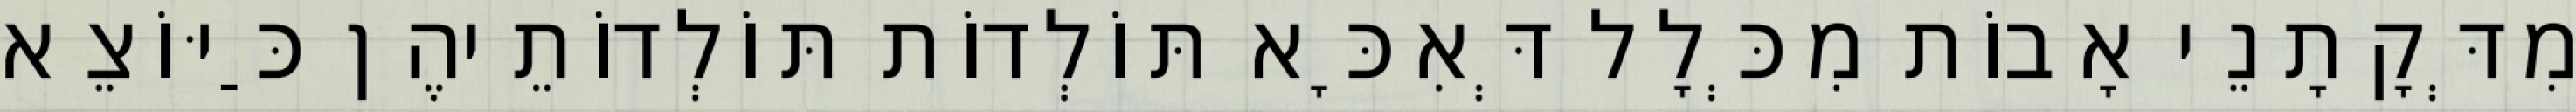
מִדְּקָתָנֵי אָבוֹת מִכְּלָל דְּאִכָּא תּוֹלְדוֹת תּוֹלְדוֹתֵיהֶן כַּיּוֹצֵא